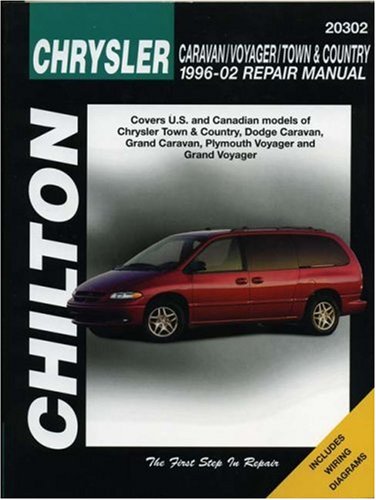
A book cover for Chrysler Caravan/Voyager/Town&Country 1996-2002 Repair Manual (Haynes Repair Manuals); Chilton; Engineering & Transportation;